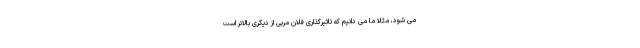
می شود، مثلا ما می دانیم که تاثیرگذاری فلان مربی از دیگری بالاتر است